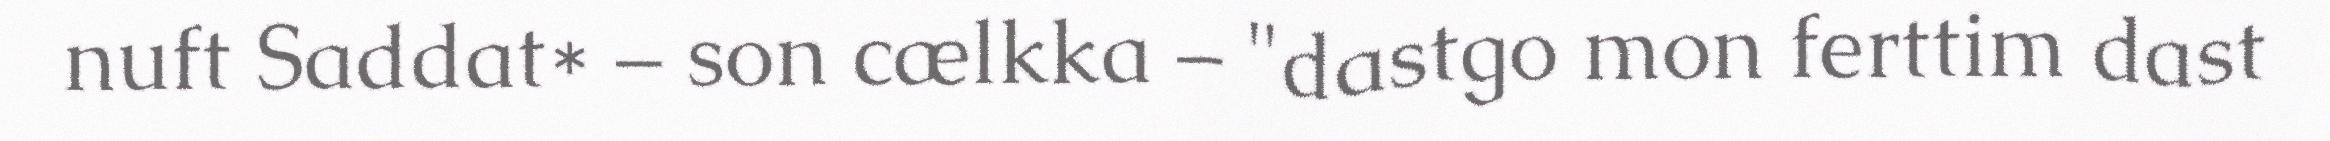
nuft Saddat* – son cælkka – "dastgo mon ferttim dast